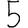
Digit: 5